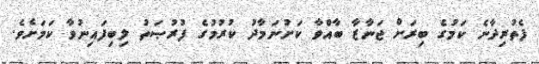
ފެތުރިދާނެ ކަމުގެ ބިރަށް ޖަނާޒާ ބާއްވާ ކަށުނަމާދު ކުރުމުގެ ފުރުޞަތު ލިބިފައިނުވާ ކަމަށެވެ.